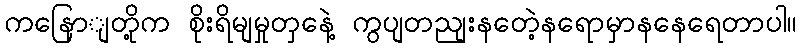
ကနြောျတို့က စိုးရိမျမှုတှနေဲ့ ကွပျတညျးနတေဲ့နရောမှာနနေရေတာပါ။